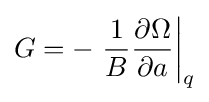
G=-\left.{\frac {1}{B}}{\frac {\partial \Omega }{\partial a}}\right|_{q}